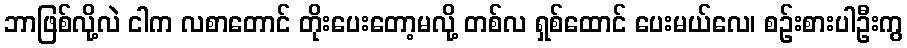
ဘာဖြစ်လို့လဲ ငါက လစာတောင် တိုးပေးတော့မလို့ တစ်လ ရှစ်ထောင် ပေးမယ်လေ၊ စဉ်းစားပါဦးကွ